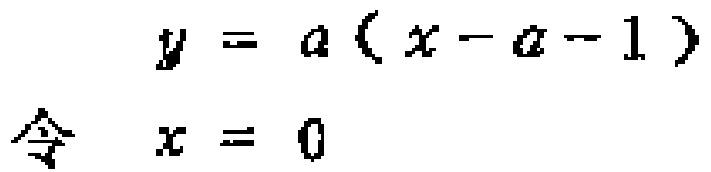
\[
y = a(x - a - 1)
\]
\[
\text{令}\quad x = 0
\]